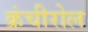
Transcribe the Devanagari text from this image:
क्रंचीरोल